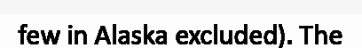
few in Alaska excluded). The